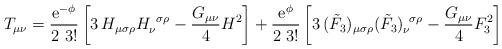
LaTeX: \begin{align*}T_{\mu \nu} = \frac{{\rm e}^{-\phi}}{2\,\,3!} \left[ 3\,H_{\mu\sigma\rho}H_{\nu}^{\,\,\,\sigma\rho} - \frac{G_{\mu\nu}}{4}H^2\right]+ \frac{ {\rm e}^{\phi} } {2\,\,3!} \left[ 3 \,(\tilde{F}_3)_{\mu\sigma\rho}(\tilde{F}_3)_{\nu}^{\,\,\,\sigma\rho} -\frac{G_{\mu\nu}}{4} F_3^2\right] \end{align*}